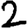
Digit: 2